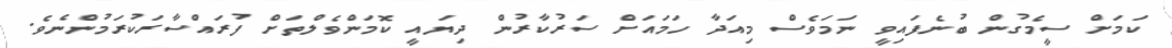
ކަމަށް ސީމެގުން ބުނެފައިވީ ނަމަވެސް މިއަދާ ހަމައަށް ސަރުކާރުން ދިޔައީ ކޮމަންވެލްތަށް ފުރައްސާރަކުރަމުންނެވެ.